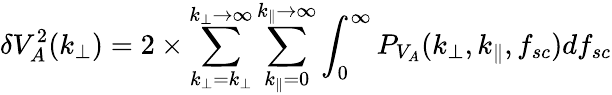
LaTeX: \delta V_{A}^{2}(k_{\perp})=2\times\sum_{k_{\perp}=k_{\perp}}^{k_{\perp}\rightarrow\infty}\sum_{k_{\parallel}=0}^{k_{\parallel}\rightarrow\infty}\int_{0}^{\infty}P_{V_{A}}(k_{\perp},k_{\parallel},f_{sc})df_{sc}